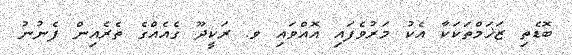
ބޮޑެތި ޒަޚަމްތަކަކާ އެކު މަރުވެފައި އޮއްވައި ވ. ރަކީދޫ ގެއެއްގެ ތެރެއިން ފެނުނު